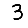
Digit: 3